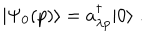
| \Psi _ { 0 } ( p ) \rangle = a _ { \lambda p } ^ { \dagger } | 0 \rangle \; .